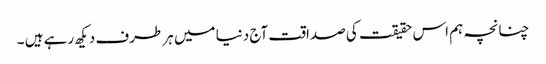
چنانچہ ہم اس حقیقت کی صداقت آج دنیا میں ہر طرف دیکھ رہے ہیں ۔